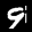
Label: 9